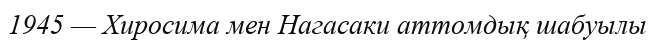
1945 — Хиросима мен Нагасаки аттомдық шабуылы